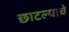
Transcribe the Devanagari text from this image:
छाटल्याचे